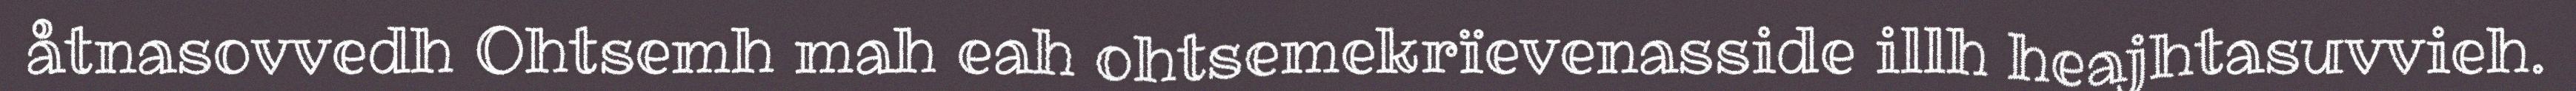
åtnasovvedh Ohtsemh mah eah ohtsemekrïevenasside illh heajhtasuvvieh.